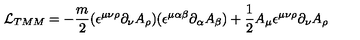
{ \cal L } _ { T M M } = - { \frac { m } { 2 } } ( \epsilon ^ { \mu \nu \rho } \partial _ { \nu } A _ { \rho } ) ( \epsilon ^ { \mu \alpha \beta } \partial _ { \alpha } A _ { \beta } ) + { \frac { 1 } { 2 } } A _ { \mu } \epsilon ^ { \mu \nu \rho } \partial _ { \nu } A _ { \rho }